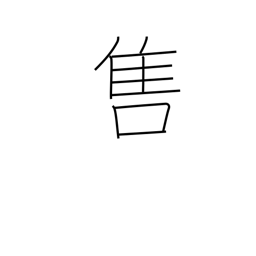
Meaning: be popular